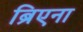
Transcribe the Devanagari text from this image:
ब्रिएना